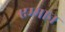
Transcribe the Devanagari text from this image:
एम्मान